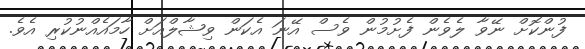
ފުންކޮށް ނޭވާ ލެވެން ފެށުމުން ވެސް އޭނަ އެކަން ވިޝާލްއަށް ހާމައެއްނުކުރި އެވެ.